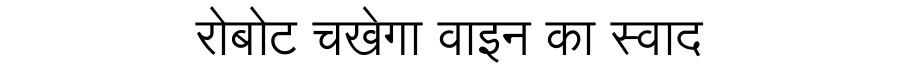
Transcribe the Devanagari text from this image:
रोबोट चखेगा वाइन का स्वाद